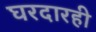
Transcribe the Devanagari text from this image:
घरदारही